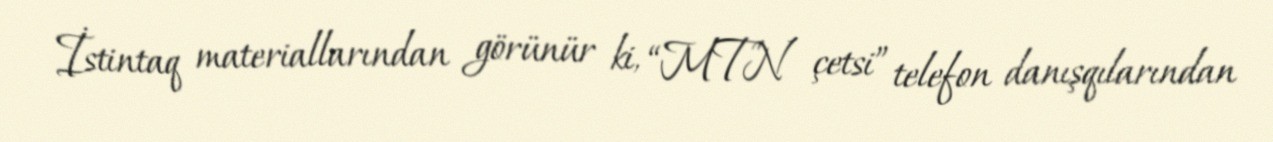
İstintaq materiallarından görünür ki, “MTN çetsi” telefon danışqılarından